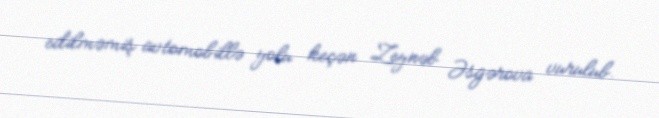
edilməmiş avtomobillə yolu keçən Zeynəb Əsgərova vurulub.